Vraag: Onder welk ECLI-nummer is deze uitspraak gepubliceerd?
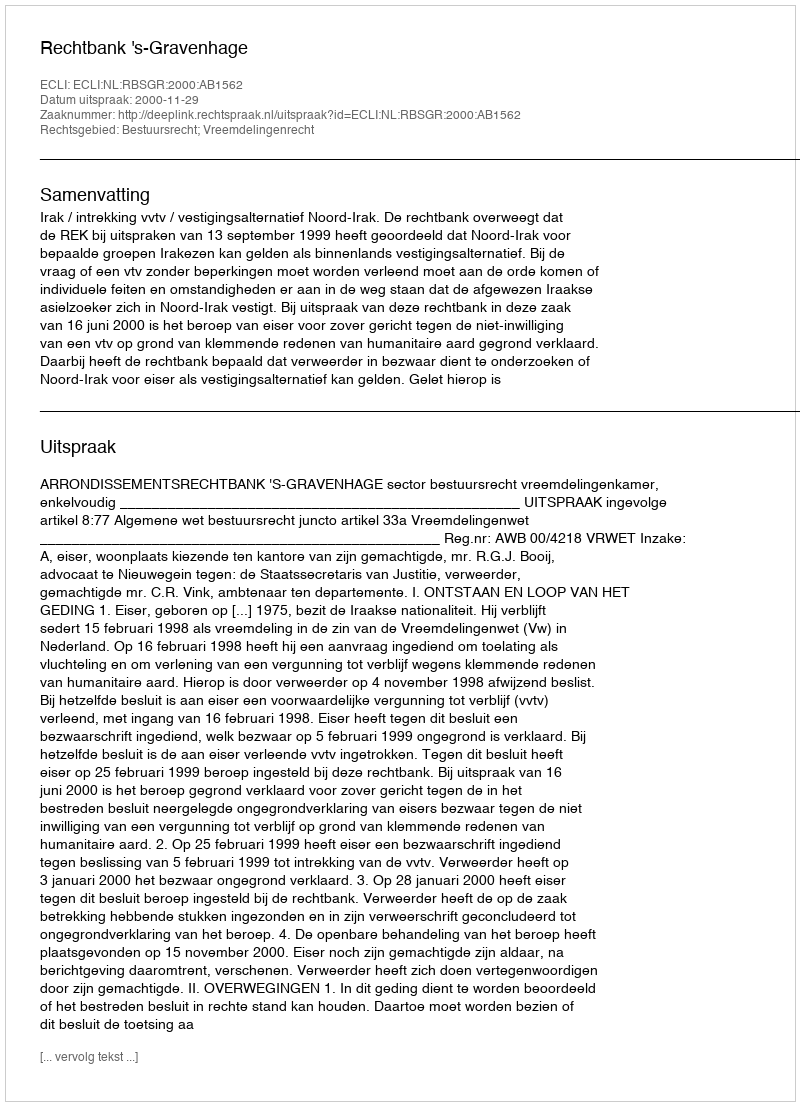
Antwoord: ECLI:NL:RBSGR:2000:AB1562